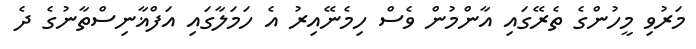
މަރުވި މީހުންގެ ތެރޭގައި އާންމުން ވެސް ހިމެނޭއިރު އެ ހަމަލާގައި އަފްޣާނިސްތާނުގެ ދެ